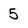
Character: 5